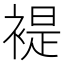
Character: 褆